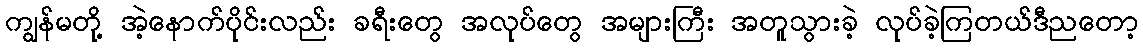
ကျွန်မတို့ အဲ့နောက်ပိုင်းလည်း ခရီးတွေ အလုပ်တွေ အများကြီး အတူသွားခဲ့ လုပ်ခဲ့ကြတယ်ဒီညတော့